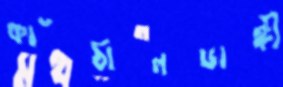
কাঁঠালডাঙ্গী